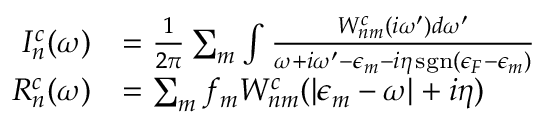
\begin{array} { r l } { I _ { n } ^ { c } ( \omega ) } & { = \frac { 1 } { 2 \pi } \sum _ { m } \int \frac { W _ { n m } ^ { c } ( i \omega ^ { \prime } ) d \omega ^ { \prime } } { \omega + i \omega ^ { \prime } - \epsilon _ { m } - i \eta \, \mathrm { s g n } ( \epsilon _ { F } - \epsilon _ { m } ) } } \\ { R _ { n } ^ { c } ( \omega ) } & { = \sum _ { m } f _ { m } W _ { n m } ^ { c } ( | \epsilon _ { m } - \omega | + i \eta ) } \end{array}